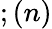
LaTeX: ;(n)